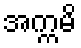
အက္ကမိ